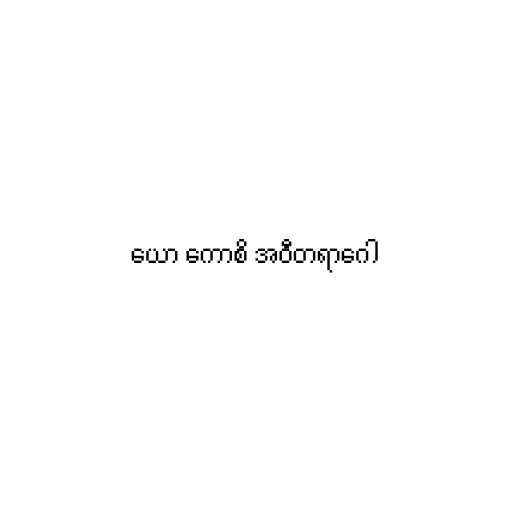
ယော ကောစိ အဝီတရာဂေါ